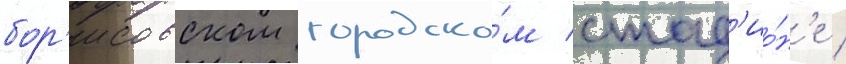
бор'исовском городско́м стад'ио́н'е /